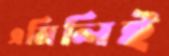
এমিলিই